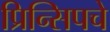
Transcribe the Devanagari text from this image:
प्रिन्सिपचे